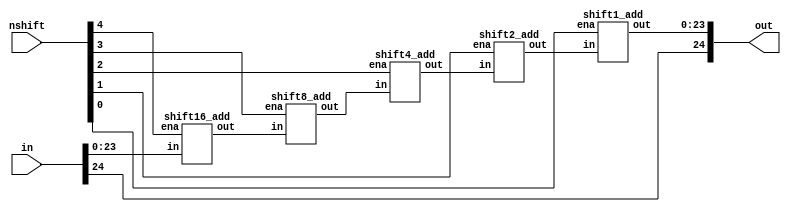
module shift_right_add(in, nshift, out);

input	[24:0]	in;
input	[4:0]	nshift;
output	[24:0]	out;

wire	[23:0]	temp1,temp2,temp3,temp4;

shift16_add shift_1(.in(in[23:0]), .ena(nshift[4]), .out(temp1));
shift8_add  shift_2(.in(temp1), .ena(nshift[3]), .out(temp2));
shift4_add  shift_3(.in(temp2), .ena(nshift[2]), .out(temp3));
shift2_add  shift_4(.in(temp3), .ena(nshift[1]), .out(temp4));
shift1_add  shift_5(.in(temp4), .ena(nshift[0]), .out(out[23:0]));

assign out[24] = in[24];
endmodule

/////////////////////////////////////////////////////////////////////

module shift16_add(in, ena, out);

input	[23:0]	in;
input			ena;
output	[23:0]	out;

assign out = ena?{16'b0,in[23:16]}:in;
endmodule

/////////////////////////////////////////////////////////////////////

module shift8_add(in, ena, out);

input	[23:0]	in;
input			ena;
output	[23:0]	out;

assign out = ena?{8'b0,in[23:8]}:in;
endmodule

/////////////////////////////////////////////////////////////////////

module shift4_add(in, ena, out);

input	[23:0]	in;
input			ena;
output	[23:0]	out;

assign out = ena?{4'b0,in[23:4]}:in;
endmodule

/////////////////////////////////////////////////////////////////////

module shift2_add(in, ena, out);

input	[23:0]	in;
input			ena;
output	[23:0]	out;

assign out = ena?{2'b0,in[23:2]}:in;
endmodule

/////////////////////////////////////////////////////////////////////

module shift1_add(in, ena, out);

input	[23:0]	in;
input			ena;
output	[23:0]	out;

assign out = ena?{1'b0,in[23:1]}:in;
endmodule